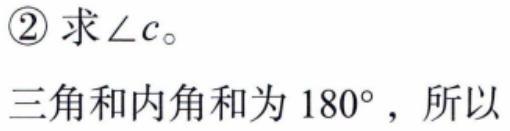
\textcircled{2}求$\angle c$。
三角和内角和为$180^{\circ }$，所以